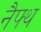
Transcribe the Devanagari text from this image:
नैफ्थ